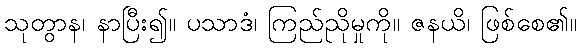
သုတွာန၊ နာပြီး၍။ ပသာဒံ၊ ကြည်ညိုမှုကို။ ဇနယိ၊ ဖြစ်စေ၏။